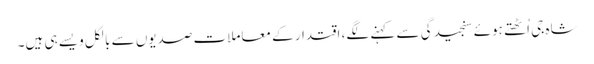
شاہ جی اُٹھتے ہوئے سنجیدگی سے کہنے لگے، اقتدار کے معاملات صدیوں سے بالکل ویسے ہی ہیں۔